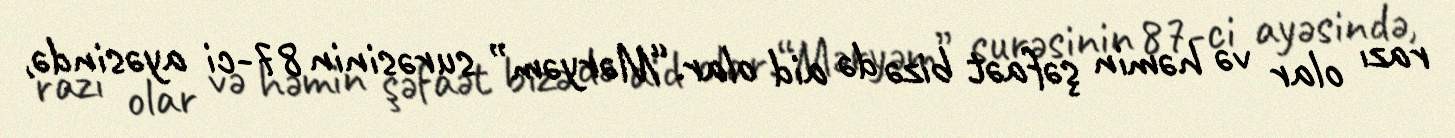
razı olar və həmin şəfaət bizə də aid olar.“Məryəm” surəsinin 87-ci ayəsində,